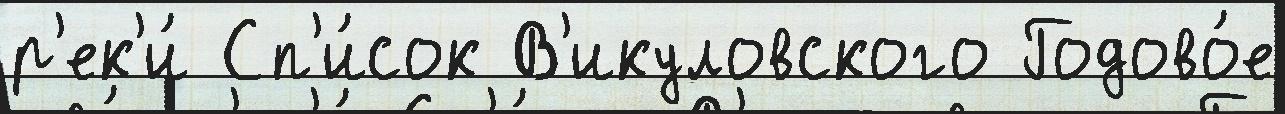
р'ек'и́ Сп'и́сок В'икуловского Годово́е